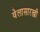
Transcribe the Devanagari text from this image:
वेलासारखी